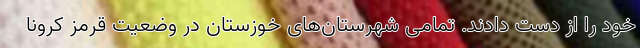
خود را از دست دادند. تمامی شهرستان‌های خوزستان در وضعیت قرمز کرونا